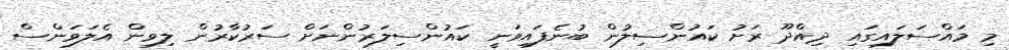
މި މައްސަލައިގައި ދިއްދޫ ރަށު ކައުންސިލުން ބުނެފައިވަނީ ކައުންސިލަރުންނަށް ސަރުކާރުން ލިވިން އެލަވަންސް